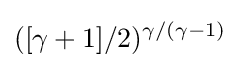
([\gamma +1]/2)^{\gamma /(\gamma -1)}